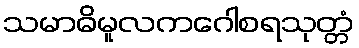
သမာဓိမူလကဂေါစရသုတ္တံ